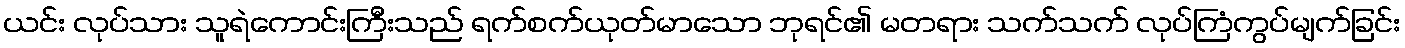
ယင်း လုပ်သား သူရဲကောင်းကြီးသည် ရက်စက်ယုတ်မာသော ဘုရင်၏ မတရား သက်သက် လုပ်ကြံကွပ်မျက်ခြင်း